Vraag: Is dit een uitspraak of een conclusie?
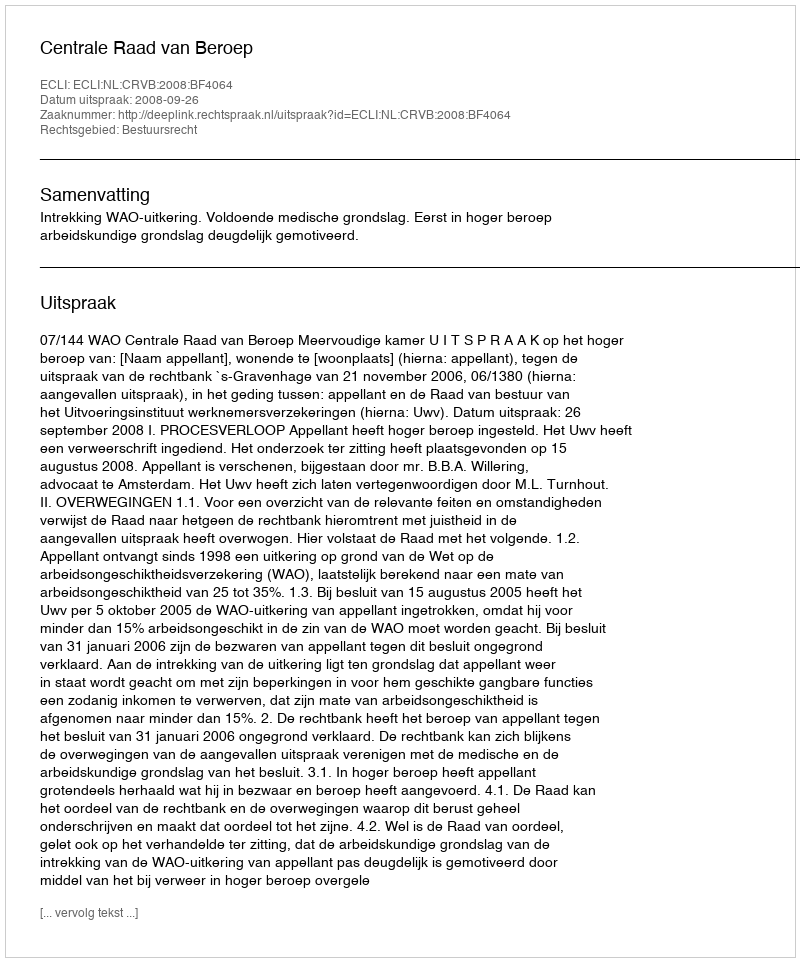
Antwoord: Uitspraak